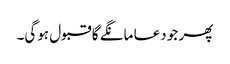
پھر جو دعا مانگے گا قبول ہوگی۔